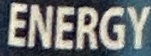
ENERGY